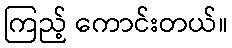
ကြည့် ကောင်းတယ်။